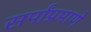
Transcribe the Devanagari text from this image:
सर्पांप्रमाणे